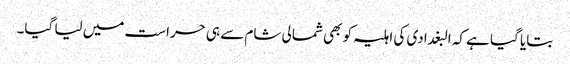
بتایا گیا ہے کہ البغدادی کی اہلیہ کو بھی شمالی شام سے ہی حراست میں لیا گیا۔